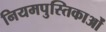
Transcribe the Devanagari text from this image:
नियमपुस्तिकाओं